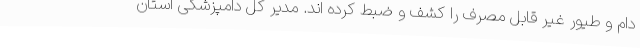
دام و طیور غیر قابل مصرف را کشف و ضبط کرده اند. مدیر کل دامپزشکی استان